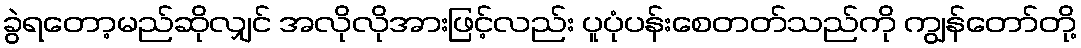
ခွဲရတော့မည်ဆိုလျှင် အလိုလိုအားဖြင့်လည်း ပူပုံပန်းစေတတ်သည်ကို ကျွန်တော်တို့